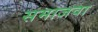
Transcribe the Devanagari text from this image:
समाजवा